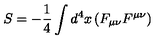
S = - { \frac { 1 } { 4 } } \int d ^ { 4 } x \left( F _ { \mu \nu } F ^ { \mu \nu } \right)